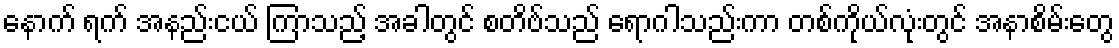
နောက် ရက် အနည်းငယ် ကြာသည့် အခါတွင် စတိဗ်သည် ရောဂါသည်းကာ တစ်ကိုယ်လုံးတွင် အနာစိမ်းတွေ